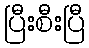
ပြီးစီးပြီ